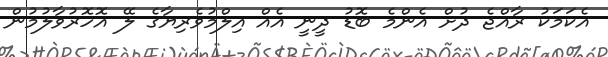
އެކަމަކު ރާއްޖެ ދުށް އެންމެ ބޮޑު ދީނީ އެއް އިލްމުވެރިޔާގެ ލޭ އޮހޮރުވާލުމުން